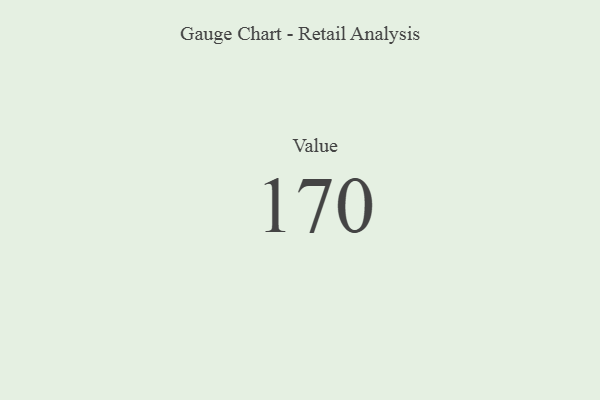
{"axis": {"x": "Metric", "y": "Value"}, "legend": [""], "data": [{"x": "Value", "y": 170, "type": ""}]}